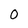
Character: 0